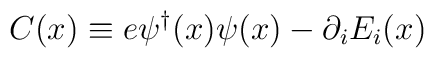
C(x)\equiv e\psi^\dagger(x) \psi(x) - \partial_i E_i(x)